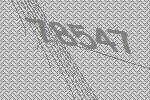
78547